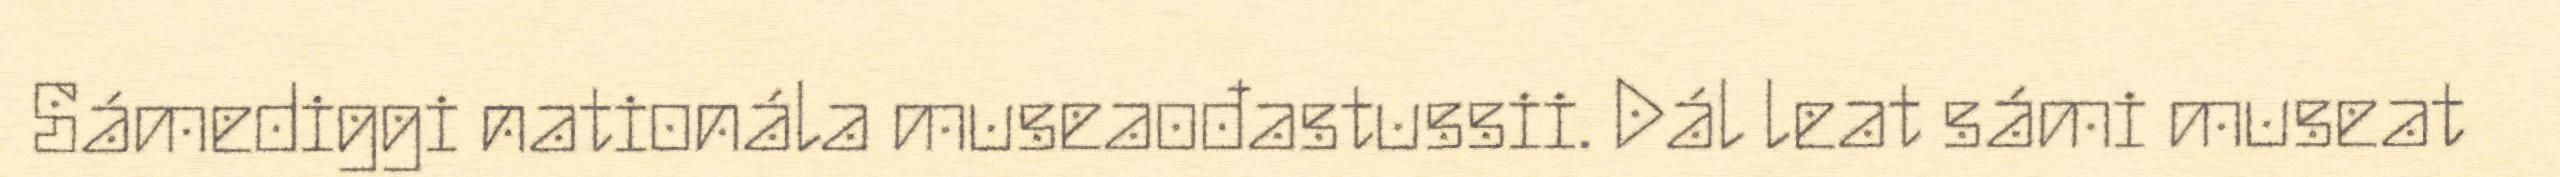
Sámediggi nationála museaođastussii. Dál leat sámi museat